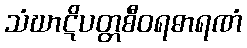
သံဃာဋိပတ္တစီဝရဓာရဏံ